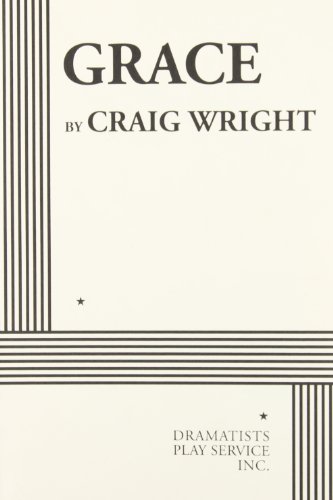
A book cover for Grace - Acting Edition; Craig Wright; Literature & Fiction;